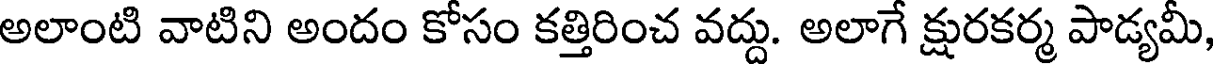
అలాంటి వాటిని అందం కోసం కత్తిరించ వద్దు. అలాగే క్షురకర్మ పాడ్యమీ,